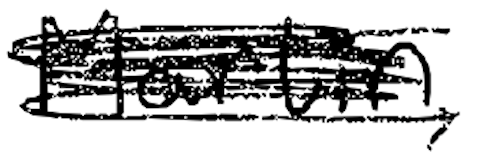
Text: Martin,
Cross-out: mix
Writing tool: digital_black